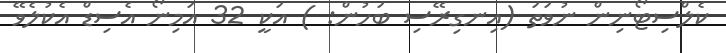
ކެލްސިޓޯނިން ނުވަތަ (އިނގިރޭސި ބަހުން: ) އަކީ 32 އަމިނޯ އެސިޑް އެކުލެވޭ